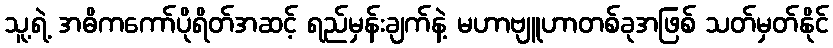
သူ့ရဲ့ အဓိကကော်ပိုရိတ်အဆင့် ရည်မှန်းချက်နဲ့ မဟာဗျူဟာတစ်ခုအဖြစ် သတ်မှတ်နိုင်